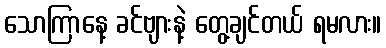
သောကြာနေ့ ခင်ဗျားနဲ့ တွေ့ချင်တယ် ရမလား။